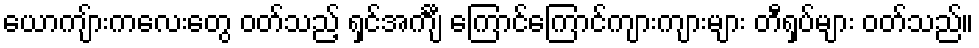
ယောကျ်ားကလေးတွေ ဝတ်သည့် ရှင်အင်္ကျီ ကြောင်ကြောင်ကျားကျားများ တီရှပ်များ ဝတ်သည်။